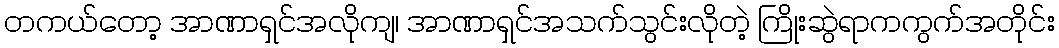
တကယ်တော့ အာဏာရှင်အလိုကျ၊ အာဏာရှင်အသက်သွင်းလိုတဲ့ ကြိုးဆွဲရာကကွက်အတိုင်း